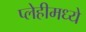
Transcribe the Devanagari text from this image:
प्लेहीमध्ये